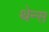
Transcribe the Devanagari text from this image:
थेन्स